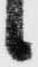
候